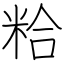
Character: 粭